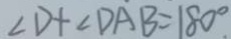
\angle D + \angle D A B = 1 8 0 ^ { \circ }